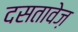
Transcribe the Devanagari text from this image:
दसतावेज़